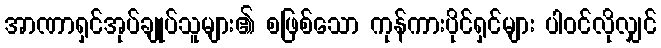
အာဏာရှင်အုပ်ချုပ်သူများ၏ စဖြစ်သော ကုန်ကားပိုင်ရှင်များ ပါဝင်လိုလျှင်